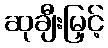
ဆုချီးမြှင့်